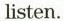
listen.